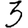
Digit: 3